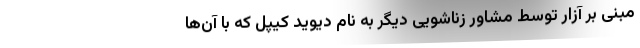
مبنی بر آزار توسط مشاور زناشویی دیگر به نام دیوید کیپل که با آن‌ها